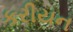
કરીયન